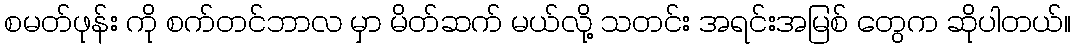
စမတ်ဖုန်း ကို စက်တင်ဘာလ မှာ မိတ်ဆက် မယ်လို့ သတင်း အရင်းအမြစ် တွေက ဆိုပါတယ်။